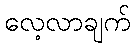
လေ့လာချက်